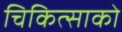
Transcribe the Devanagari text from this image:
चिकित्‍साको